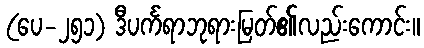
(ပေ-၂၅၁) ဒီပင်္ကရာဘုရားမြတ်၏လည်းကောင်း။